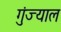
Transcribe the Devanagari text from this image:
गुंज्याल